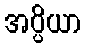
အပ္ပိယာ